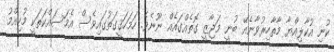
ކުނި އުކާލިއްޔާ މާތާހިރުވާނެއޭ ބުނީ މަޖާޒީ ގޮތެއްގައެއް ނޫނެވެ. ހަމަހަޤީގަތުގައިވެސް އެމަސައްކަތަކީ މުހިއްމު